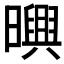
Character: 𣋱